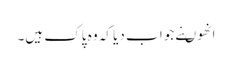
انھوںنے جوا ب دیا کہ وہ پاک ہیں۔